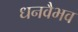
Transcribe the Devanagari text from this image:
धनवैभव